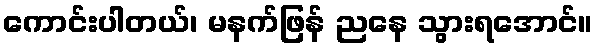
ကောင်းပါတယ်၊ မနက်ဖြန် ညနေ သွားရအောင်။